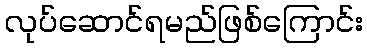
လုပ်ဆောင်ရမည်ဖြစ်ကြောင်း